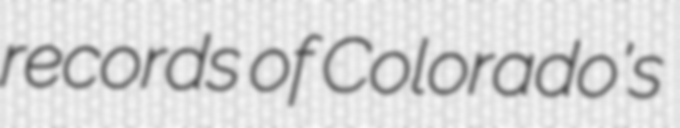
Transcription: records of Colorado's